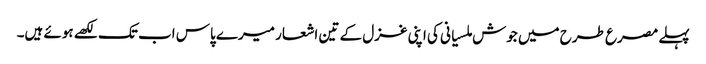
پہلے مصرع طرح میں جوش ملسیانی کی اپنی غزل کے تین اشعار میرے پاس اب تک لکھے ہوئے ہیں۔